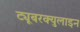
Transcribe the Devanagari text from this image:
ट्यूबरक्युलाइन